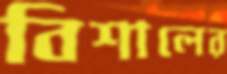
বিশালের